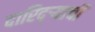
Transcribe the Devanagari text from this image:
दारिद्‌र्‍याची